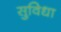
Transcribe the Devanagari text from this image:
सुविधा